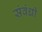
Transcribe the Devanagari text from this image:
संवंधी